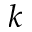
k